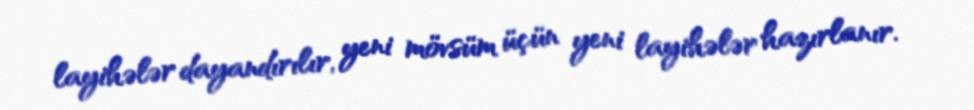
layihələr dayandırılır, yeni mövsüm üçün yeni layihələr hazırlanır.